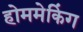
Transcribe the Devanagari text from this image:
होममेकिंग